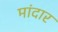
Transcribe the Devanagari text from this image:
मांदार